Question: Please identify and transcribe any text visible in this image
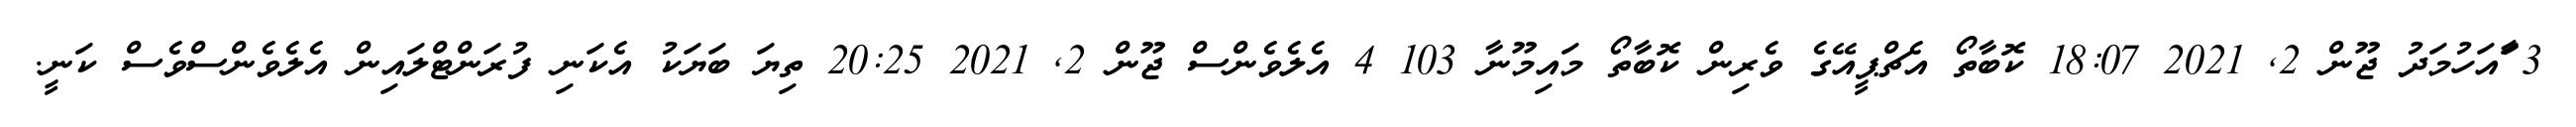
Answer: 3 ާައަހުމަދު ޖޫން 2, 2021 18:07 ކޮބާތޯ އެޗްޕީއޭގެ ވެރިން ކޮބާތޯ މައިމޫނާ 103 4 އެލެވެންސް ޖޫން 2, 2021 20:25 ތިޔަ ބަޔަކު އެކަނި ފުރަންޓްލައިން އެލެވެންސްވެސް ކަނީ.